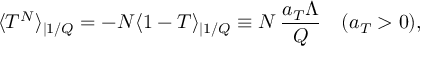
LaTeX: \langle T ^ { N } \rangle _ { | 1 / Q } = - N \langle 1 - T \rangle _ { | 1 / Q } \equiv N \, \frac { a _ { T } \Lambda } { Q } \quad ( a _ { T } > 0 ) ,